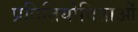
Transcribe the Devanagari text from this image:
प्रतितियोगिताओं